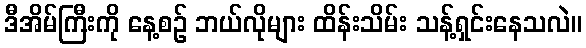
ဒီအိမ်ကြီးကို နေ့စဉ် ဘယ်လိုများ ထိန်းသိမ်း သန့်ရှင်းနေသလဲ။